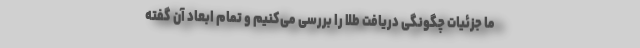
ما جزئیات چگونگی دریافت طلا را بررسی می‌کنیم و تمام ابعاد آن گفته